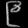
Digit: ၉